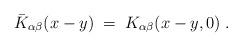
LaTeX: \begin{align*}{\bar K}_{\alpha \beta}(x-y)\;=\; K_{\alpha \beta}(x-y,0)\;.\end{align*}